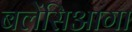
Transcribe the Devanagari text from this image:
बलेंसिआगा